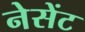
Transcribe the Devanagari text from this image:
नेसेंट